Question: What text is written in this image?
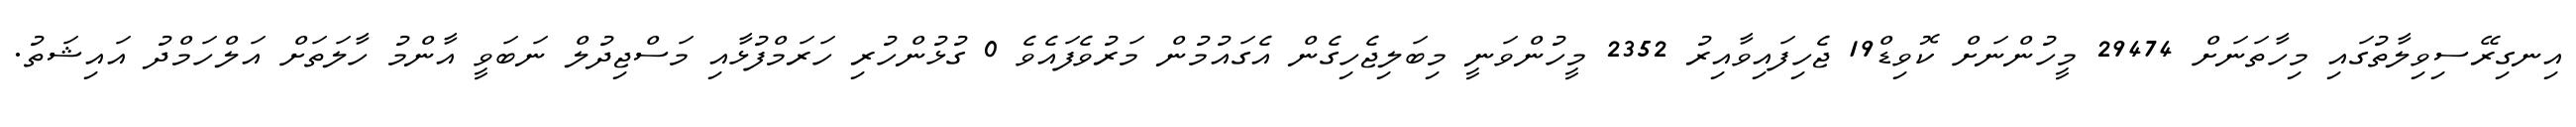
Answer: އިނގިރޭސިވިލާތުގައި މިހާތަނަށް 29474 މީހުންނަށް ކޮވިޑް19 ޖެހިފައިވާއިރު 2352 މީހުންވަނީ މިބަލިޖެހިގެން އެގައުމުން މަރުވެފައެވެ 0 ގުޅުންހުރި ހަރަމްފުޅާއި މަސްޖިދުލް ނަބަވީ އާންމު ހާލަތަށް އަލްހަމްދު އައިޝަތު.